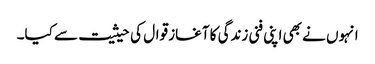
انہوں نے بھی اپنی فنی زندگی کا آغاز قوال کی حیثیت سے کیا۔